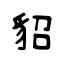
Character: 貂